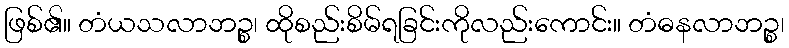
ဖြစ်၏။ တံယသလာဘဉ္စ၊ ထိုစည်းစိမ်ရခြင်းကိုလည်းကောင်း။ တံဓနလာဘဉ္စ၊